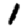
Digit: 1